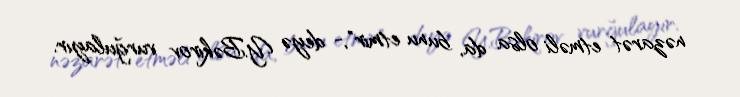
nəzarət etməli olsa da, bunu etmir",- deyə Y.Bəkirov vurğulayır.